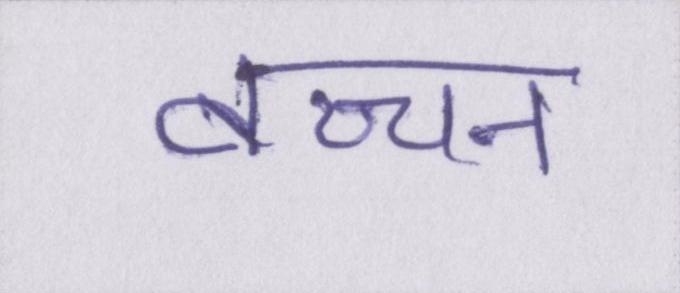
बच्चन